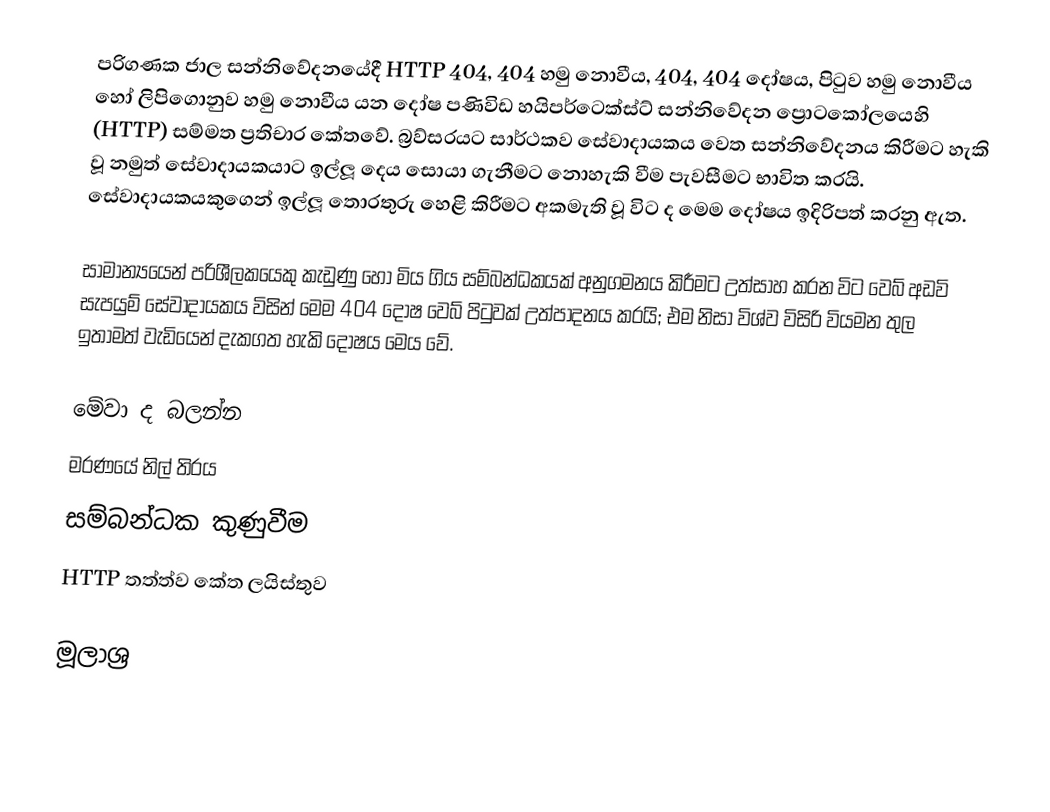
පරිගණක ජාල සන්නිවේදනයේදී HTTP 404, 404 හමු නොවීය, 404, 404 දෝෂය, පිටුව හමු නොවීය හෝ ලිපිගොනුව හමු නොවීය යන දෝෂ පණිවිඩ හයිපර්ටෙක්ස්ට් සන්නිවේදන ප්‍රොටකෝලයෙහි (HTTP) සම්මත ප්‍රතිචාර කේතවේ. බ්‍රව්සරයට සාර්ථකව සේවාදායකය වෙත සන්නිවේදනය කිරීමට හැකි වූ නමුත් සේවාදායකයාට ඉල්ලූ දෙය සොයා ගැනීමට නොහැකි වීම පැවසීමට භාවිත කරයි. සේවාදායකයකුගෙන් ඉල්ලූ තොරතුරු හෙළි කිරීමට අකමැති වූ විට ද මෙම දෝෂය ඉදිරිපත් කරනු ඇත.

සාමාන්‍යයෙන් පරිශීලකයෙකු කැඩුණු හෝ මිය ගිය සම්බන්ධකයක් අනුගමනය කිරීමට උත්සාහ කරන විට වෙබ් අඩවි සැපයුම් සේවාදායකය විසින් මෙම 404 දෝෂ වෙබ් පිටුවක් උත්පාදනය කරයි; එම නිසා විශ්ව විසිරි වියමන තුල ඉතාමත් වැඩියෙන් දැකගත හැකි දෝෂය මෙය වේ.

මේවා ද බලන්න
 මරණයේ නිල් තිරය
 සම්බන්ධක කුණුවීම
 HTTP තත්ත්ව කේත ලයිස්තුව

මූලාශ්‍ර